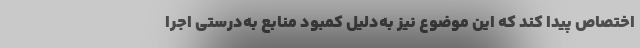
اختصاص پیدا کند که این موضوع نیز به‌دلیل کمبود منابع به‌درستی اجرا